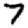
Digit: 7